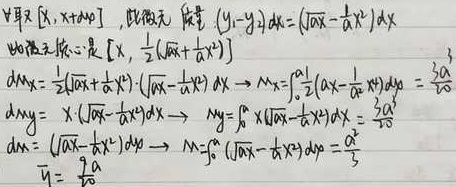
取\(x,x + \mathrm{d}x\)，微元
\(\int_{x}^{x + \mathrm{d}x}(y_{1}-y_{2})\mathrm{d}x = (\sqrt{ax}-\frac{1}{a}x^{2})\mathrm{d}x\)
微元质心是\([x,\frac{1}{2}(\sqrt{ax}+\frac{1}{a}x^{2})]\)
\(\mathrm{d}m_{x}= \frac{1}{2}(\sqrt{ax}+\frac{1}{a}x^{2})\cdot (\sqrt{ax}-\frac{1}{a}x^{2})\mathrm{d}x\)，
\(M_{x}=\int_{0}^{a^{2}}\frac{1}{2}(\sqrt{ax}-\frac{1}{a}x^{2})\mathrm{d}y = \frac{3a^{3}}{20}\)
\(\mathrm{d}m_{y}= x\cdot (\sqrt{ax}-\frac{1}{a}x^{2})\mathrm{d}x\)，
\(M_{y}=\int_{0}^{a^{2}}x(\sqrt{ax}-\frac{1}{a}x^{2})\mathrm{d}x = \frac{3a^{5}}{20}\)
\(\mathrm{d}m = (\sqrt{ax}-\frac{1}{a}x^{2})\mathrm{d}x\)，
\(M=\int_{0}^{a^{2}} (\sqrt{ax}-\frac{1}{a}x^{2})\mathrm{d}y = \frac{a^{3}}{3}\)
\(\overline{y}=\frac{\frac{3a^{3}}{20}}{\frac{a^{3}}{3}}\)